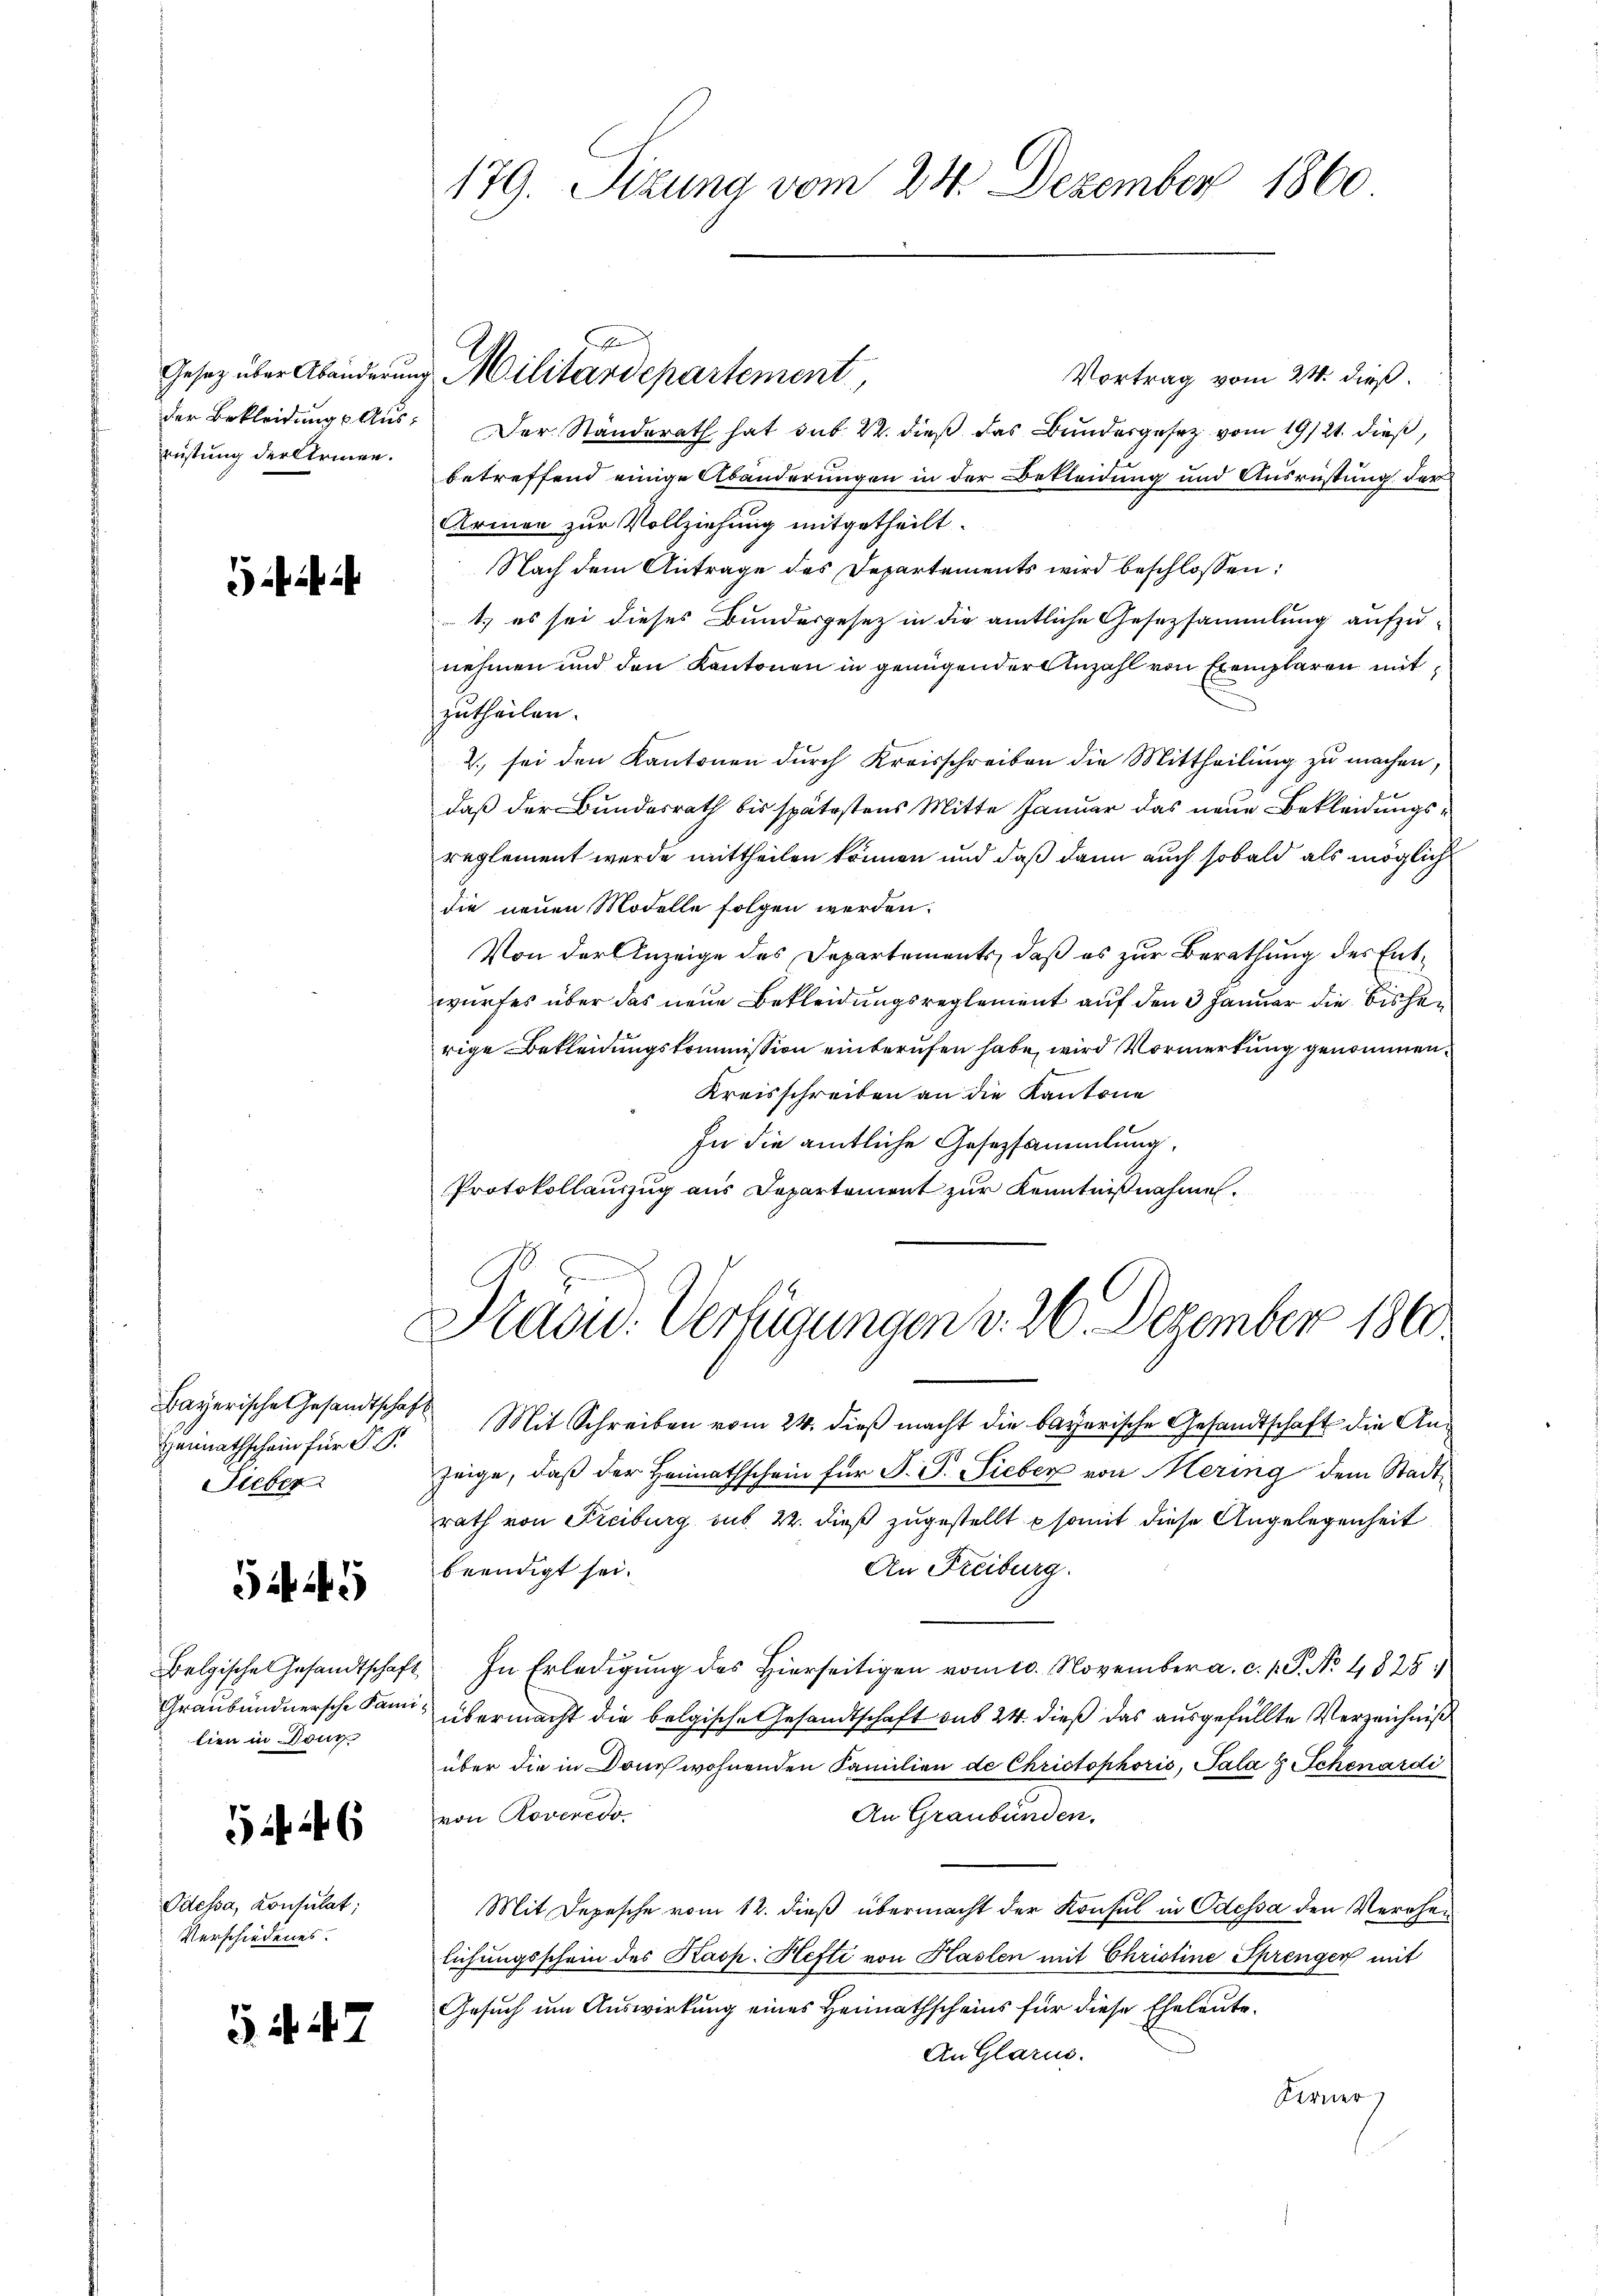
rüstung der Armen.

Bayerische Gesandtschaft
Heimathschein für F. P.
ieber

Gif. 49

Belgische Gesandtschaft
Graubündnersche Familien in Sonn

1 26

Odessa, Konsulat,
Verschiedenes.

i. S. 47

179. Sizung vom 24. Dezember 1860

Vortrag vom 24. dieß.
der Bekleidungs Aus: Der Ständerath hat sub. 22. dieβ das Bundesgesetz vom 19/21. dieß,
betreffend einige Abänderungen in der Bekleidung und Ausrüstung der
Armen zur Vollziehung mitgetheilt.
Nach dem Antrage des Departements wird beschlossen:
t es sei dieses Bundesgesetz in die amtliche Gesetzsammlung aufzunehmen und den Kantonen in genügender Anzahl von Exemplaren mitzutheilen.
2. sei den Kantonen dŭrch Kreisschreiben die Mittheilŭng zu machen,
daß der Bundesrath bis spätestens Mitte Januar das neue Bekleidungsreglement werde mittheilen können und daß dann auch sobald als möglich
die neuen Modelle folgen werden.
Von der Anzeige des Departements, daß es zur Berathung des Entwurfes über das neue Bekleidungsreglement auf den 3 Januar die bisherige Bekleidungskommission einberufen habe, wird Vormerkung genommen.
Kreisschreiben an die Kantone
In die amtliche Gesetzsammlung.
Protokollauszug aus Departement zur Kenntnißnahmen.

Gesetz über Abänderung Militärdepartement

Pasid. Verfügungen v. 26. Dezember 1860.

Mit Schreiben vom 24. dieß macht die bayerische Gesandtschaft die Anzeige, daß der Heimathschein für F. P. Sieber von Mering dem Stadtrath von Freiburg sub 22. dieß zugestellt somit diese Angelegenheit
An Freiburg.
beendigt sei.
In Erledigung des Hierseitigen vom 10. November a. c. s. S. No. 4828)
 übermacht die belgische Gesandtschaft sub 24. dieß das ausgefüllte Verzeichniß
über die in Douch wohnenden Familien de Christophoris, Sala 8 Schenardi
An Graubünden.
von Roveredo,
Mit Depesche vom 12. dieß übermacht der Konsul in Odessa den Verehen
lichungsschein des Kasp. Hefti von Haslen mit Christine Sprenger mit
Gesuch um Auswirkung eines Heimathscheins für diese Eheleute.
An Glarus.
Ferner